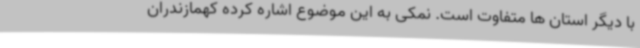
با دیگر استان ها متفاوت است. نمکی به این موضوع اشاره کرده کهمازندران